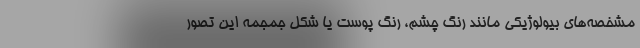
مشخصه‌های بیولوژیکی مانند رنگ چشم، رنگ پوست یا شکل جمجمه این تصور